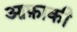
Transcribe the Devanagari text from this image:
आफ़ाकी